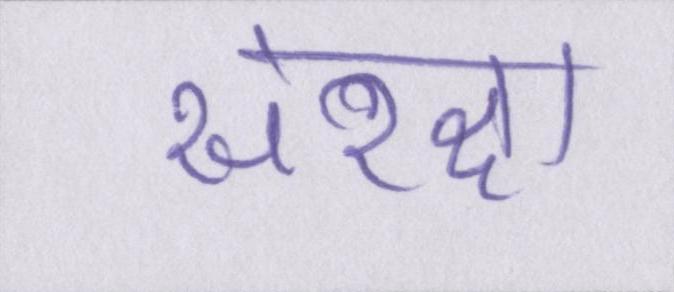
संरक्षा